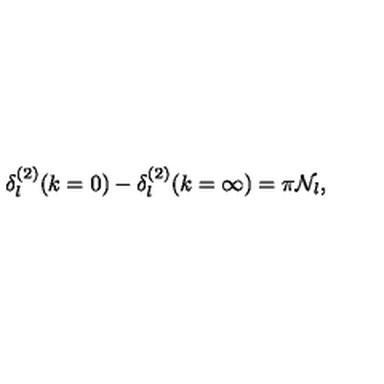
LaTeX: \delta _ { l } ^ { ( 2 ) } ( k = 0 ) - \delta _ { l } ^ { ( 2 ) } ( k = \infty ) = \pi { \mathcal N } _ { l } ,